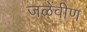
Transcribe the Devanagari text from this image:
जळेंवीण